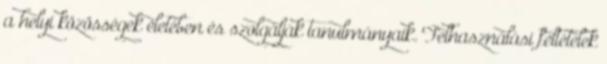
a helyi közösségek életében és szolgálják tanulmányaik. Felhasználási feltételek